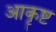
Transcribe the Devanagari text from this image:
आकॄष्ट